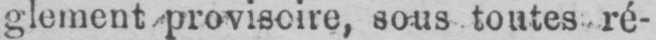
glement provisoire, sous toutes ré-